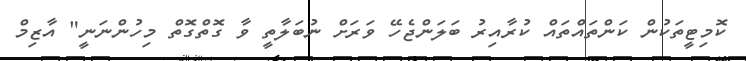
ކޮމިޓީތަކުން ކަންތައްތައް ކުރާއިރު ބަލަންޖެހޭ ވަރަށް ނުބަލާތީ ވާ ގޮތްގޮތް މިހުންނަނީ" އާޒިމް